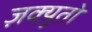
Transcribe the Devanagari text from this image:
ज़क्यूतो